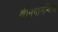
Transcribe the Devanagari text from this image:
श्रीनगानन्दिनी